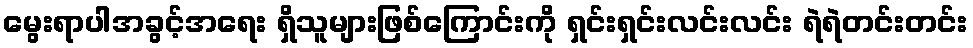
မွေးရာပါအခွင့်အရေး ရှိသူများဖြစ်ကြောင်းကို ရှင်းရှင်းလင်းလင်း ရဲရဲတင်းတင်း